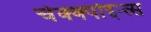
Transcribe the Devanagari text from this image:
चेक्क्पोइन्त्स